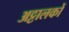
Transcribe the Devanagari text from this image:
अट्टालकों